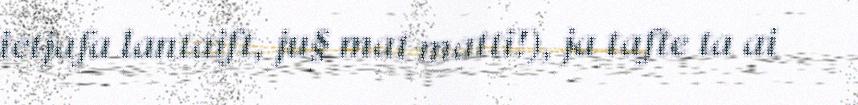
ietjafa lantaift, ju§ mat matti!), ja tafte ta ai